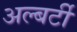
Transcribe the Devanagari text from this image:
अल्बर्टी